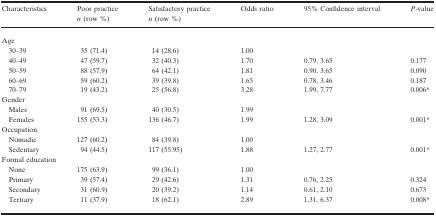
<table><thead><tr><td><b>Characteristics</b></td><td><b>Poor practice <i>n</i> (row %)</b></td><td><b>Satisfactory practice <i>n</i> (row %)</b></td><td><b>Odds ratio</b></td><td><b>95% Confidence interval</b></td><td><b><i>P</i>‐value</b></td></tr></thead><tbody><tr><td colspan="6">Age</td></tr><tr><td>30–39</td><td>35 (71.4)</td><td>14 (28.6)</td><td>1.00</td><td></td><td></td></tr><tr><td>40–49</td><td>47 (59.7)</td><td>32 (40.3)</td><td>1.70</td><td>0.79, 3.65</td><td>0.177</td></tr><tr><td>50–59</td><td>88 (57.9)</td><td>64 (42.1)</td><td>1.81</td><td>0.90, 3.65</td><td>0.090</td></tr><tr><td>60–69</td><td>59 (60.2)</td><td>39 (39.8)</td><td>1.65</td><td>0.78, 3.46</td><td>0.187</td></tr><tr><td>70–79</td><td>19 (43.2)</td><td>25 (56.8)</td><td>3.28</td><td>1.99, 7.77</td><td>0.006a</td></tr><tr><td colspan="6">Gender</td></tr><tr><td>Males</td><td>91 (69.5)</td><td>40 (30.5)</td><td>1.99</td><td></td><td></td></tr><tr><td>Females</td><td>155 (53.3)</td><td>136 (46.7)</td><td>1.99</td><td>1.28, 3.09</td><td>0.001a</td></tr><tr><td colspan="6">Occupation</td></tr><tr><td>Nomadic</td><td>127 (60.2)</td><td>84 (39.8)</td><td>1.00</td><td></td><td></td></tr><tr><td>Sedentary</td><td>94 (44.5)</td><td>117 (55.95)</td><td>1.88</td><td>1.27, 2.77</td><td>0.001a</td></tr><tr><td colspan="6">Formal education</td></tr><tr><td>None</td><td>175 (63.9)</td><td>99 (36.1)</td><td>1.00</td><td></td><td></td></tr><tr><td>Primary</td><td>39 (57.4)</td><td>29 (42.6)</td><td>1.31</td><td>0.76, 2.25</td><td>0.324</td></tr><tr><td>Secondary</td><td>31 (60.9)</td><td>20 (39.2)</td><td>1.14</td><td>0.61, 2.10</td><td>0.673</td></tr><tr><td>Tertiary</td><td>11 (37.9)</td><td>18 (62.1)</td><td>2.89</td><td>1.31, 6.37</td><td>0.008a</td></tr></tbody></table>